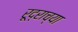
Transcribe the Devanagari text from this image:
रूद्राच्या